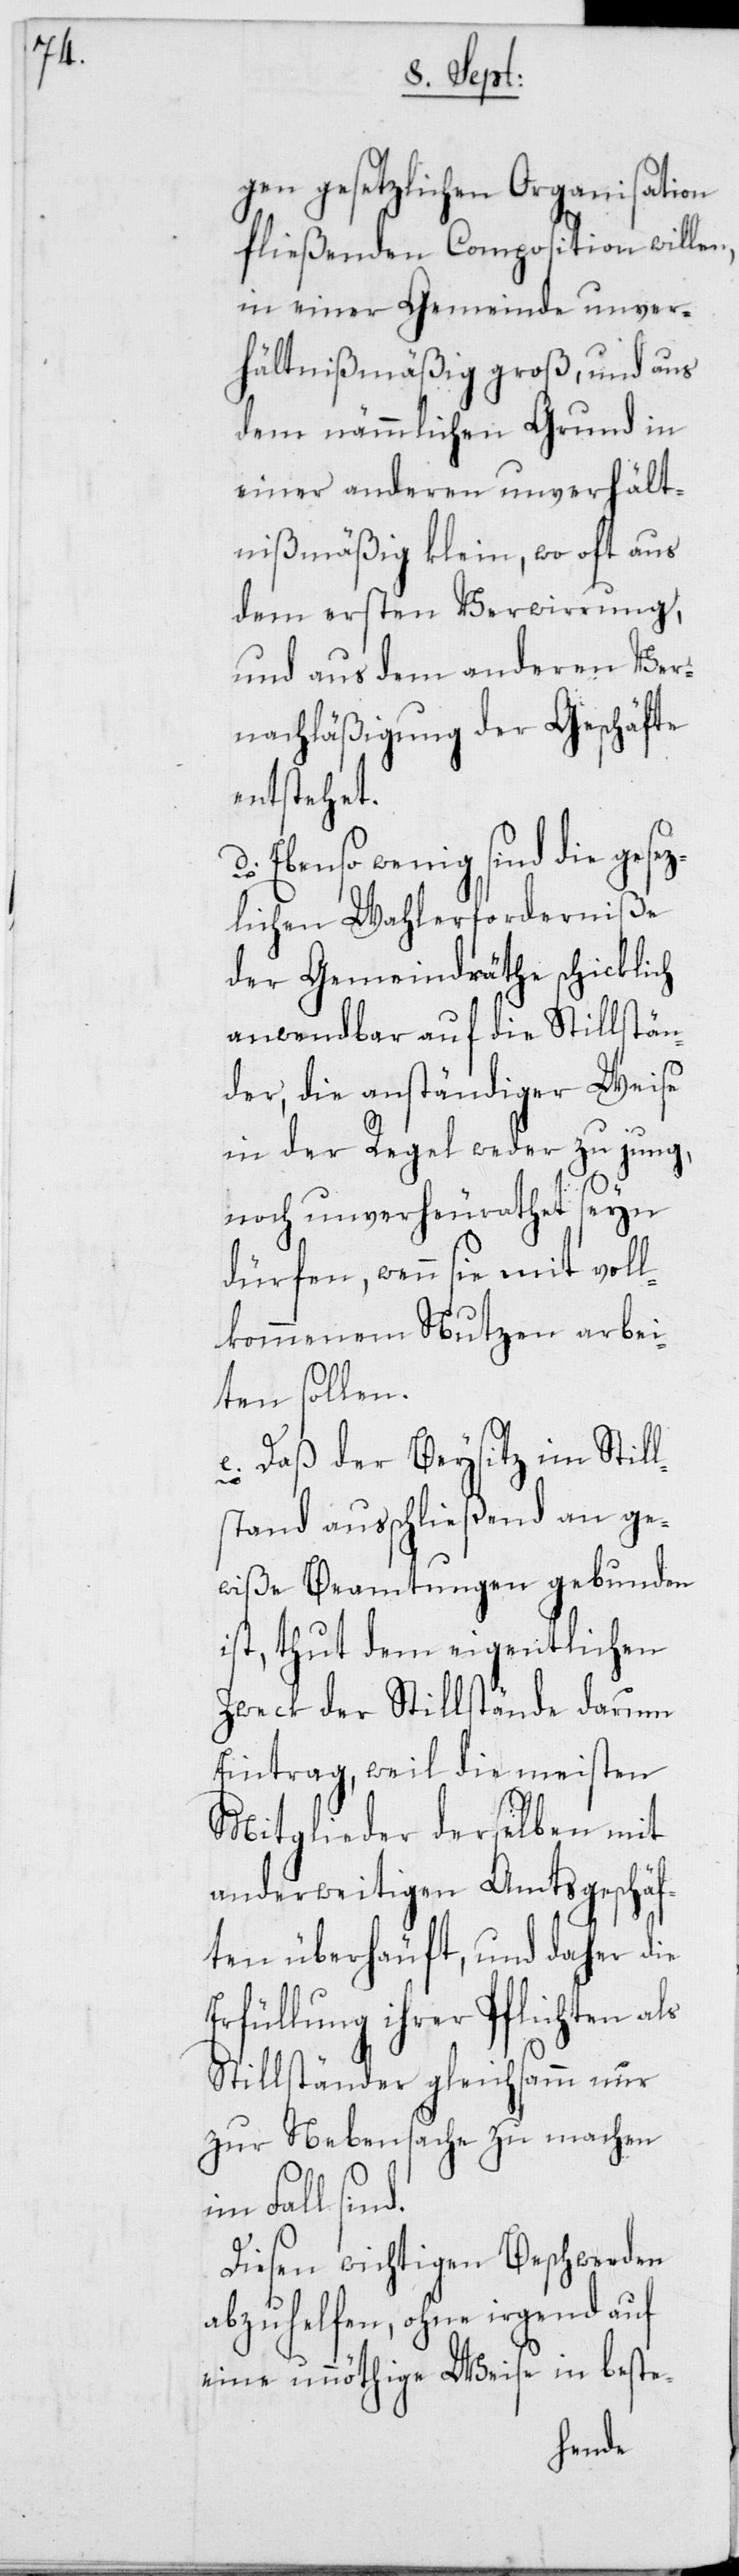
gen gesetzlichen Organisation
fließenden Composition willen,
in einer Gemeinde unver¬
hältnißmäßig groß, und aus
dem nämmlichen Grund in
einer anderen unverhält¬
nißmäßig klein, wo oft aus
dem ersten Verwirrung,
und aus dem anderen Ver¬
nachläßigung der Geschäfte
entstehet.
d) Ebenso wenig sind die gese¬
zlichen Wahlerforderniße
der Gemeindräthe schicklich
anwendbar auf die Stillstän¬
der, die anständiger Weise
in der Regel weder zu jung,
noch unverheurathet seyn
dürfen, wenn sie mit vol¬
lkommenem Nutzen arbei¬
ten sollen.
e) Daß der Beysitz im Still¬
stand außchließend an ge¬
wiße Beamtungen gebunden
ist, thut dem eigentlichen
Zweck der Stillstände darum
Eintrag, weil die meisten
Mitglieder derselben mit
anderweitigen Amtsgeschäf¬
ten überhäuft, und daher die
Erfüllung ihrer Pflichten als
Stillständer gleichsamm nur
zur Nebensache zu machen
Fall sind.
Diesen wichtigen Beschwerden
abzuhelfen, ohne irgend auf
eine unnöthige Weise in beste-